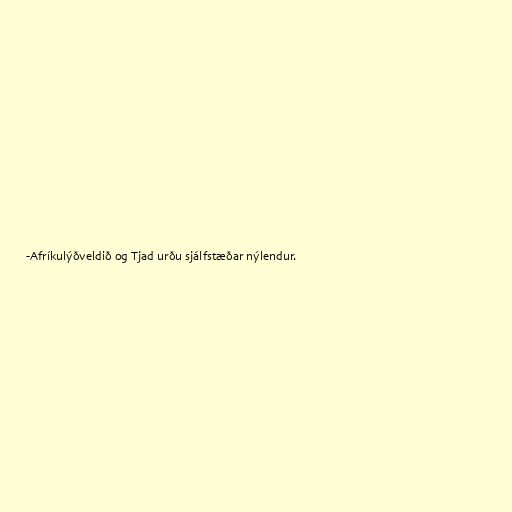
-Afríkulýðveldið og Tjad urðu sjálfstæðar nýlendur.